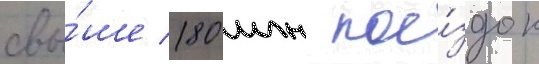
свы́ше 180 млн пое́здок